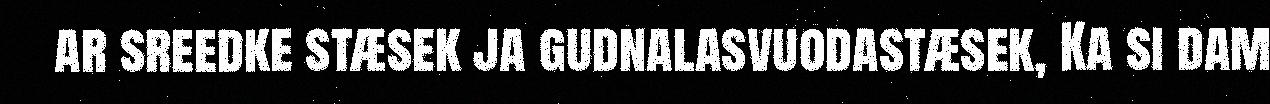
ar sreedke stæsek ja gudnalasvuodastæsek, Ka si dam